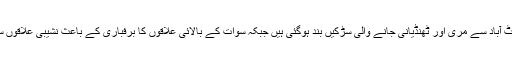
شدید برفباری کے باعث ایبٹ آباد سے مری اور ٹھنڈیانی جانے والی سڑکیں بند ہوگئی ہیں جبکہ سوات کے بالائی علاقوں کا برفباری کے باعث نشیبی علاقوں سے رابطہ منقطع ہوگیا ہے ۔